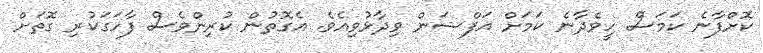
ކޮށްފާނެ ކަމަސް ހީވެދާނެ ކަމަށް އަފްޝަން ވިދާޅުވިއެވެ. އެގޮތުން ކުރިންވެސް ފާހަގަކުރި ގޮތަށް